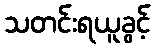
သတင်းရယူခွင့်